Punjab Mental Hospital Lahore 1932-46 - 1932-1946
Year: 1932
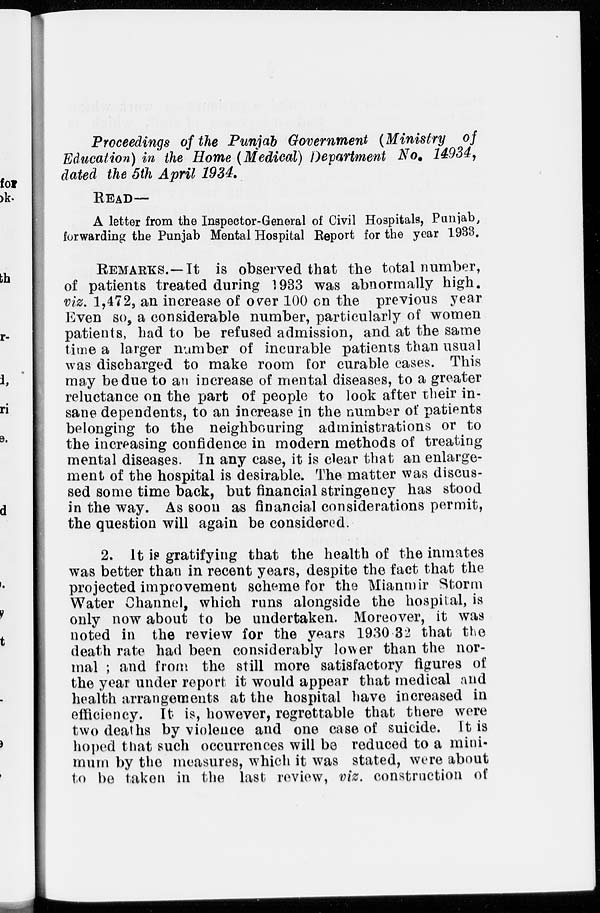
Proceedings of the Punjab Government (Ministry of
Education) in the Home (Medical) Department No. 14934,
dated the 5th April 1934.
READ—
A letter from the Inspector-General of Civil Hospitals, Punjab,
forwarding the Punjab Mental Hospital Report for the year 1933.
REMARKS.—It is observed that the total number,
of patients treated during 1933 was abnormally high.
viz. 1,472, an increase of over 100 on the previous year
Even so, a considerable number, particularly of women
patients, had to be refused admission, and at the same
time a larger number of incurable patients than usual
was discharged to make room for curable cases. This
may be due to an increase of mental diseases, to a greater
reluctance on the part of people to look after their in-
sane dependents, to an increase in the number of patients
belonging to the neighbouring administrations or to
the increasing confidence in modern methods of treating
mental diseases. In any case, it is clear that an enlarge-
ment of the hospital is desirable. The matter was discus-
sed some time back, but financial stringency has stood
in the way. As soon as financial considerations permit,
the question will again be considered.
2. It is gratifying that the health of the inmates
was better than in recent years, despite the fact that the
projected improvement scheme for the Mianmir Storm
Water Channel, which runs alongside the hospital, is
only now about to be undertaken. Moreover, it was
noted in the review for the years 1930.32 that the
death rate had been considerably lower than the nor-
mal ; and from the still more satisfactory figures of
the year under report it would appear that medical and
health arrangements at the hospital have increased in
efficiency. It is, however, regrettable that there were
two deaths by violence and one case of suicide. It is
hoped that such occurrences will be reduced to a mini-
mum by the measures, which it was stated, were about
to be taken in the last review, viz. construction of